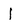
Character: I